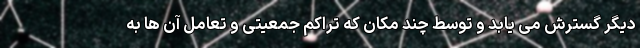
دیگر گسترش می یابد و توسط چند مکان که تراکم جمعیتی و تعامل آن ها به